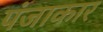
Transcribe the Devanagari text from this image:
पंजाकार